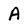
Character: A